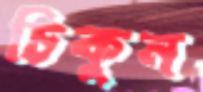
চিকুন